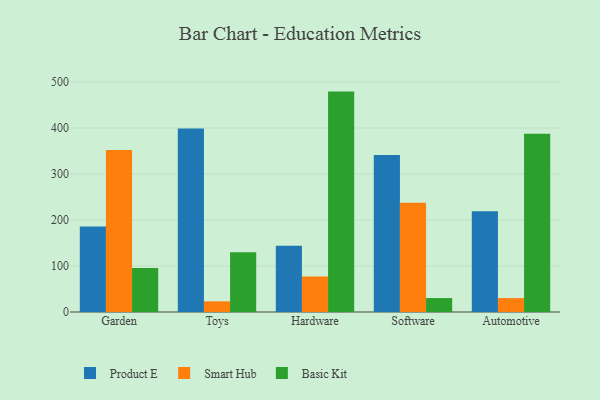
{"axis": {"x": "Category", "y": "Bounce Rate (%)"}, "legend": ["Basic Kit", "Product E", "Smart Hub"], "data": [{"x": "Garden", "y": 185.7, "type": "Product E"}, {"x": "Garden", "y": 352.4, "type": "Smart Hub"}, {"x": "Garden", "y": 95.5, "type": "Basic Kit"}, {"x": "Toys", "y": 398.8, "type": "Product E"}, {"x": "Toys", "y": 23.2, "type": "Smart Hub"}, {"x": "Toys", "y": 130.1, "type": "Basic Kit"}, {"x": "Hardware", "y": 143.8, "type": "Product E"}, {"x": "Hardware", "y": 77.2, "type": "Smart Hub"}, {"x": "Hardware", "y": 479.2, "type": "Basic Kit"}, {"x": "Software", "y": 341.2, "type": "Product E"}, {"x": "Software", "y": 237.5, "type": "Smart Hub"}, {"x": "Software", "y": 30.3, "type": "Basic Kit"}, {"x": "Automotive", "y": 219.1, "type": "Product E"}, {"x": "Automotive", "y": 30.3, "type": "Smart Hub"}, {"x": "Automotive", "y": 387.6, "type": "Basic Kit"}]}